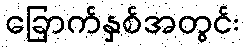
ခြောက်နှစ်အတွင်း